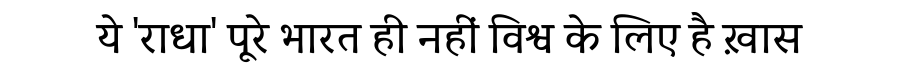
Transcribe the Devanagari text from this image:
ये 'राधा' पूरे भारत ही नहीं विश्व के लिए है ख़ास